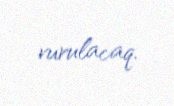
vurulacaq.